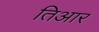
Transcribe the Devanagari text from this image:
तिआर